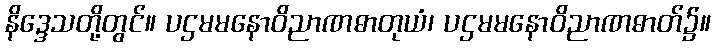
နိဒ္ဒေသတို့တွင်။ ပဌမမနောဝိညာဏဓာတုယံ၊ ပဌမမနောဝိညာဏဓာတ်၌။